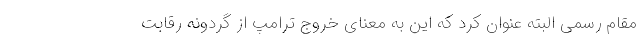
مقام رسمی البته عنوان کرد که این به معنای خروج ترامپ از گردونه رقابت